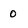
Character: 0